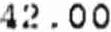
42.00